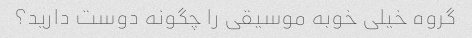
گروه خیلی خوبه موسیقی را چگونه دوست دارید؟